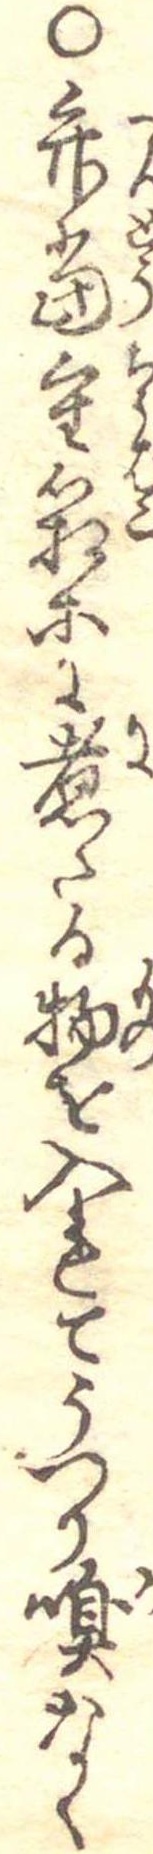
○弁当重箱等に煮たる物を入れてうつり嗅なく